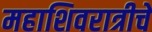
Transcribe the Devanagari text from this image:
महाशिवरात्रीचे